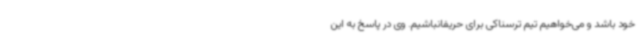
خود باشد و می‌خواهیم تیم ترسناکی برای حریفانباشیم. وی در پاسخ به این